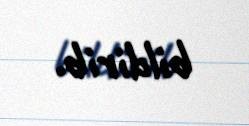
bildirib.